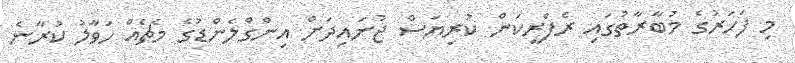
މި ފަހަރުގެ މުބާރާތުގައި ރެފްރީކަން ކުރިޔަސް ޖުނައިދަށް އިންގްލެންޑުގެ މެޗެއް ހަވާލު ކުރާނެ